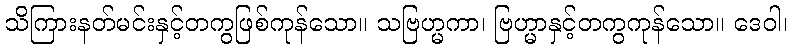
သိကြားနတ်မင်းနှင့်တကွဖြစ်ကုန်သော။ သဗြဟ္မကာ၊ ဗြဟ္မာနှင့်တကွကုန်သော။ ဒေဝါ၊